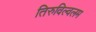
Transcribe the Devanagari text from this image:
तिरुविल्वलम